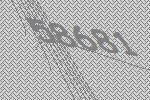
58681